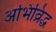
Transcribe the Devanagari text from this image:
अभिव्रिद्ध